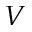
V